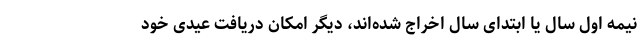
نیمه اول سال یا ابتدای سال اخراج شده‌اند، دیگر امکان دریافت عیدی خود